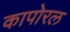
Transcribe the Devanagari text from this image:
कापोरल